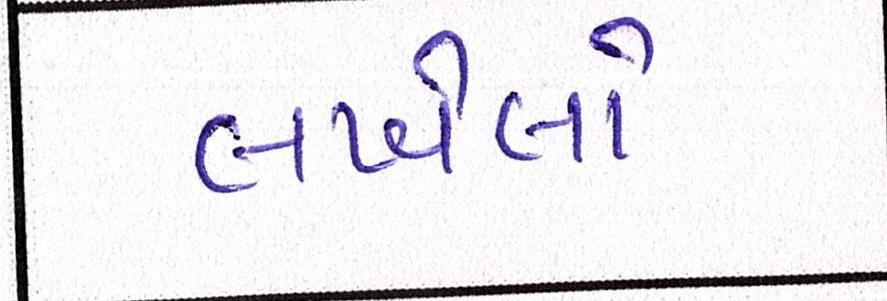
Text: લખેલો